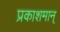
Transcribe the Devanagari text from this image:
प्रकाशमान्